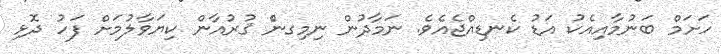
ހަށަމް ބަނުމާއިއެކު އަޑު ކެނޑިއްޖެއެވެ. ނަމާދުން ނިމިގނެް ޤުރުއާން ކިޔަވާލުމަށް ފަހު ދޮޅި